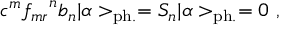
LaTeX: c ^ { m } { f _ { m r } } ^ { n } b _ { n } | \alpha > _ { \mathrm { p h . } } = S _ { n } | \alpha > _ { \mathrm { p h . } } = 0 ~ ,